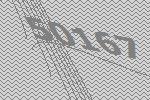
50167